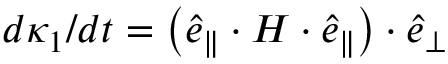
d \kappa _ { 1 } / d t = \left( \boldsymbol { \hat { e } } _ { \parallel } \cdot \boldsymbol { H } \cdot \boldsymbol { \hat { e } } _ { \parallel } \right) \cdot \boldsymbol { \hat { e } } _ { \perp }